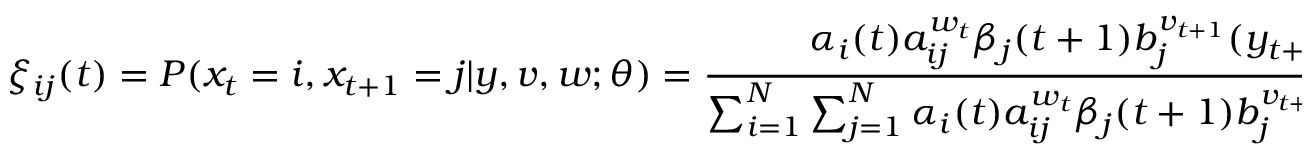
\xi _ { i j } ( t ) = P ( x _ { t } = i , x _ { t + 1 } = j | y , v , w ; \theta ) = { \frac { \alpha _ { i } ( t ) a _ { i j } ^ { w _ { t } } \beta _ { j } ( t + 1 ) b _ { j } ^ { v _ { t + 1 } } ( y _ { t + 1 } ) } { \sum _ { i = 1 } ^ { N } \sum _ { j = 1 } ^ { N } \alpha _ { i } ( t ) a _ { i j } ^ { w _ { t } } \beta _ { j } ( t + 1 ) b _ { j } ^ { v _ { t + 1 } } ( y _ { t + 1 } ) } }